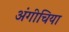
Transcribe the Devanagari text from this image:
अंगीचिया